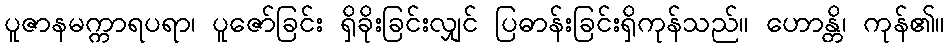
ပူဇာနမက္ကာရပရာ၊ ပူဇော်ခြင်း ရှိခိုးခြင်းလျှင် ပြဓာန်းခြင်းရှိကုန်သည်။ ဟောန္တိ၊ ကုန်၏။